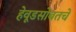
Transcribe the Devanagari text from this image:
हेवूडसोबतचे